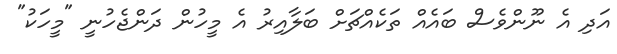
އަދި އެ ނޫންވެސް ބައެއް ތަކެއްޗަށް ބަލާއިރު އެ މީހުން ދަންޖެހުނީ "މީހަކު"